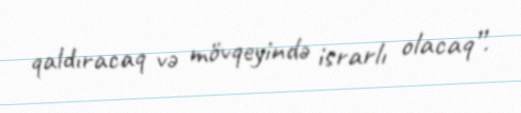
qaldıracaq və mövqeyində israrlı olacaq”.